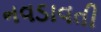
નવડાવતી